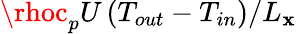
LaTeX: \rhoc_{p}U\left(T_{out}-T_{in}\right)/L_{\mathbf{x}}